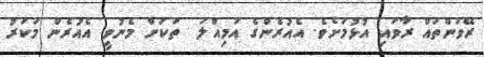
ރޭވުންތައް ރާވައި އުޅުމަށެވެ. އެއުރެންގެ އަމިއްލަ  ތަކަށް މެނުވީ އެއުރެން މަކަރު